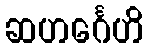
ဆဟင်္ဂေဟိ